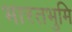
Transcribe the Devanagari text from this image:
भारतभुमि